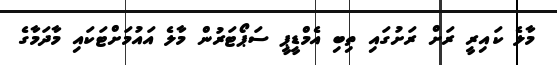
މާލެ ކައިރީ ރަށް ރަށުގައި ތިބި އެމްޑީޕީ ސަޕޯޓަރުން މާލެ އައުމަށްޓަކައި މާދަމާގެ